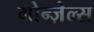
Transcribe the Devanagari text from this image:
गोन्ज़ेल्स